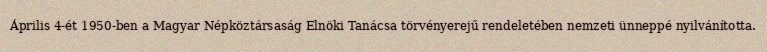
Április 4-ét 1950-ben a Magyar Népköztársaság Elnöki Tanácsa törvényerejű rendeletében nemzeti ünneppé nyilvánította.